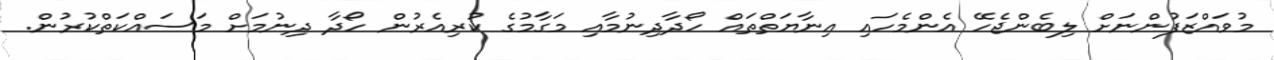
މުވައްޒަފުންނަށް ލިބެންޖެހޭ އެންމެހައި އިނާޔަތްތައް ހޯދާދިނުމާއި މަގާމުގެ ކުރިއެރުން ހޯދާ ދިނުމަށް މަސައްކަތްކުރުން.